Peeter_Aleksander_Speek, lk 10
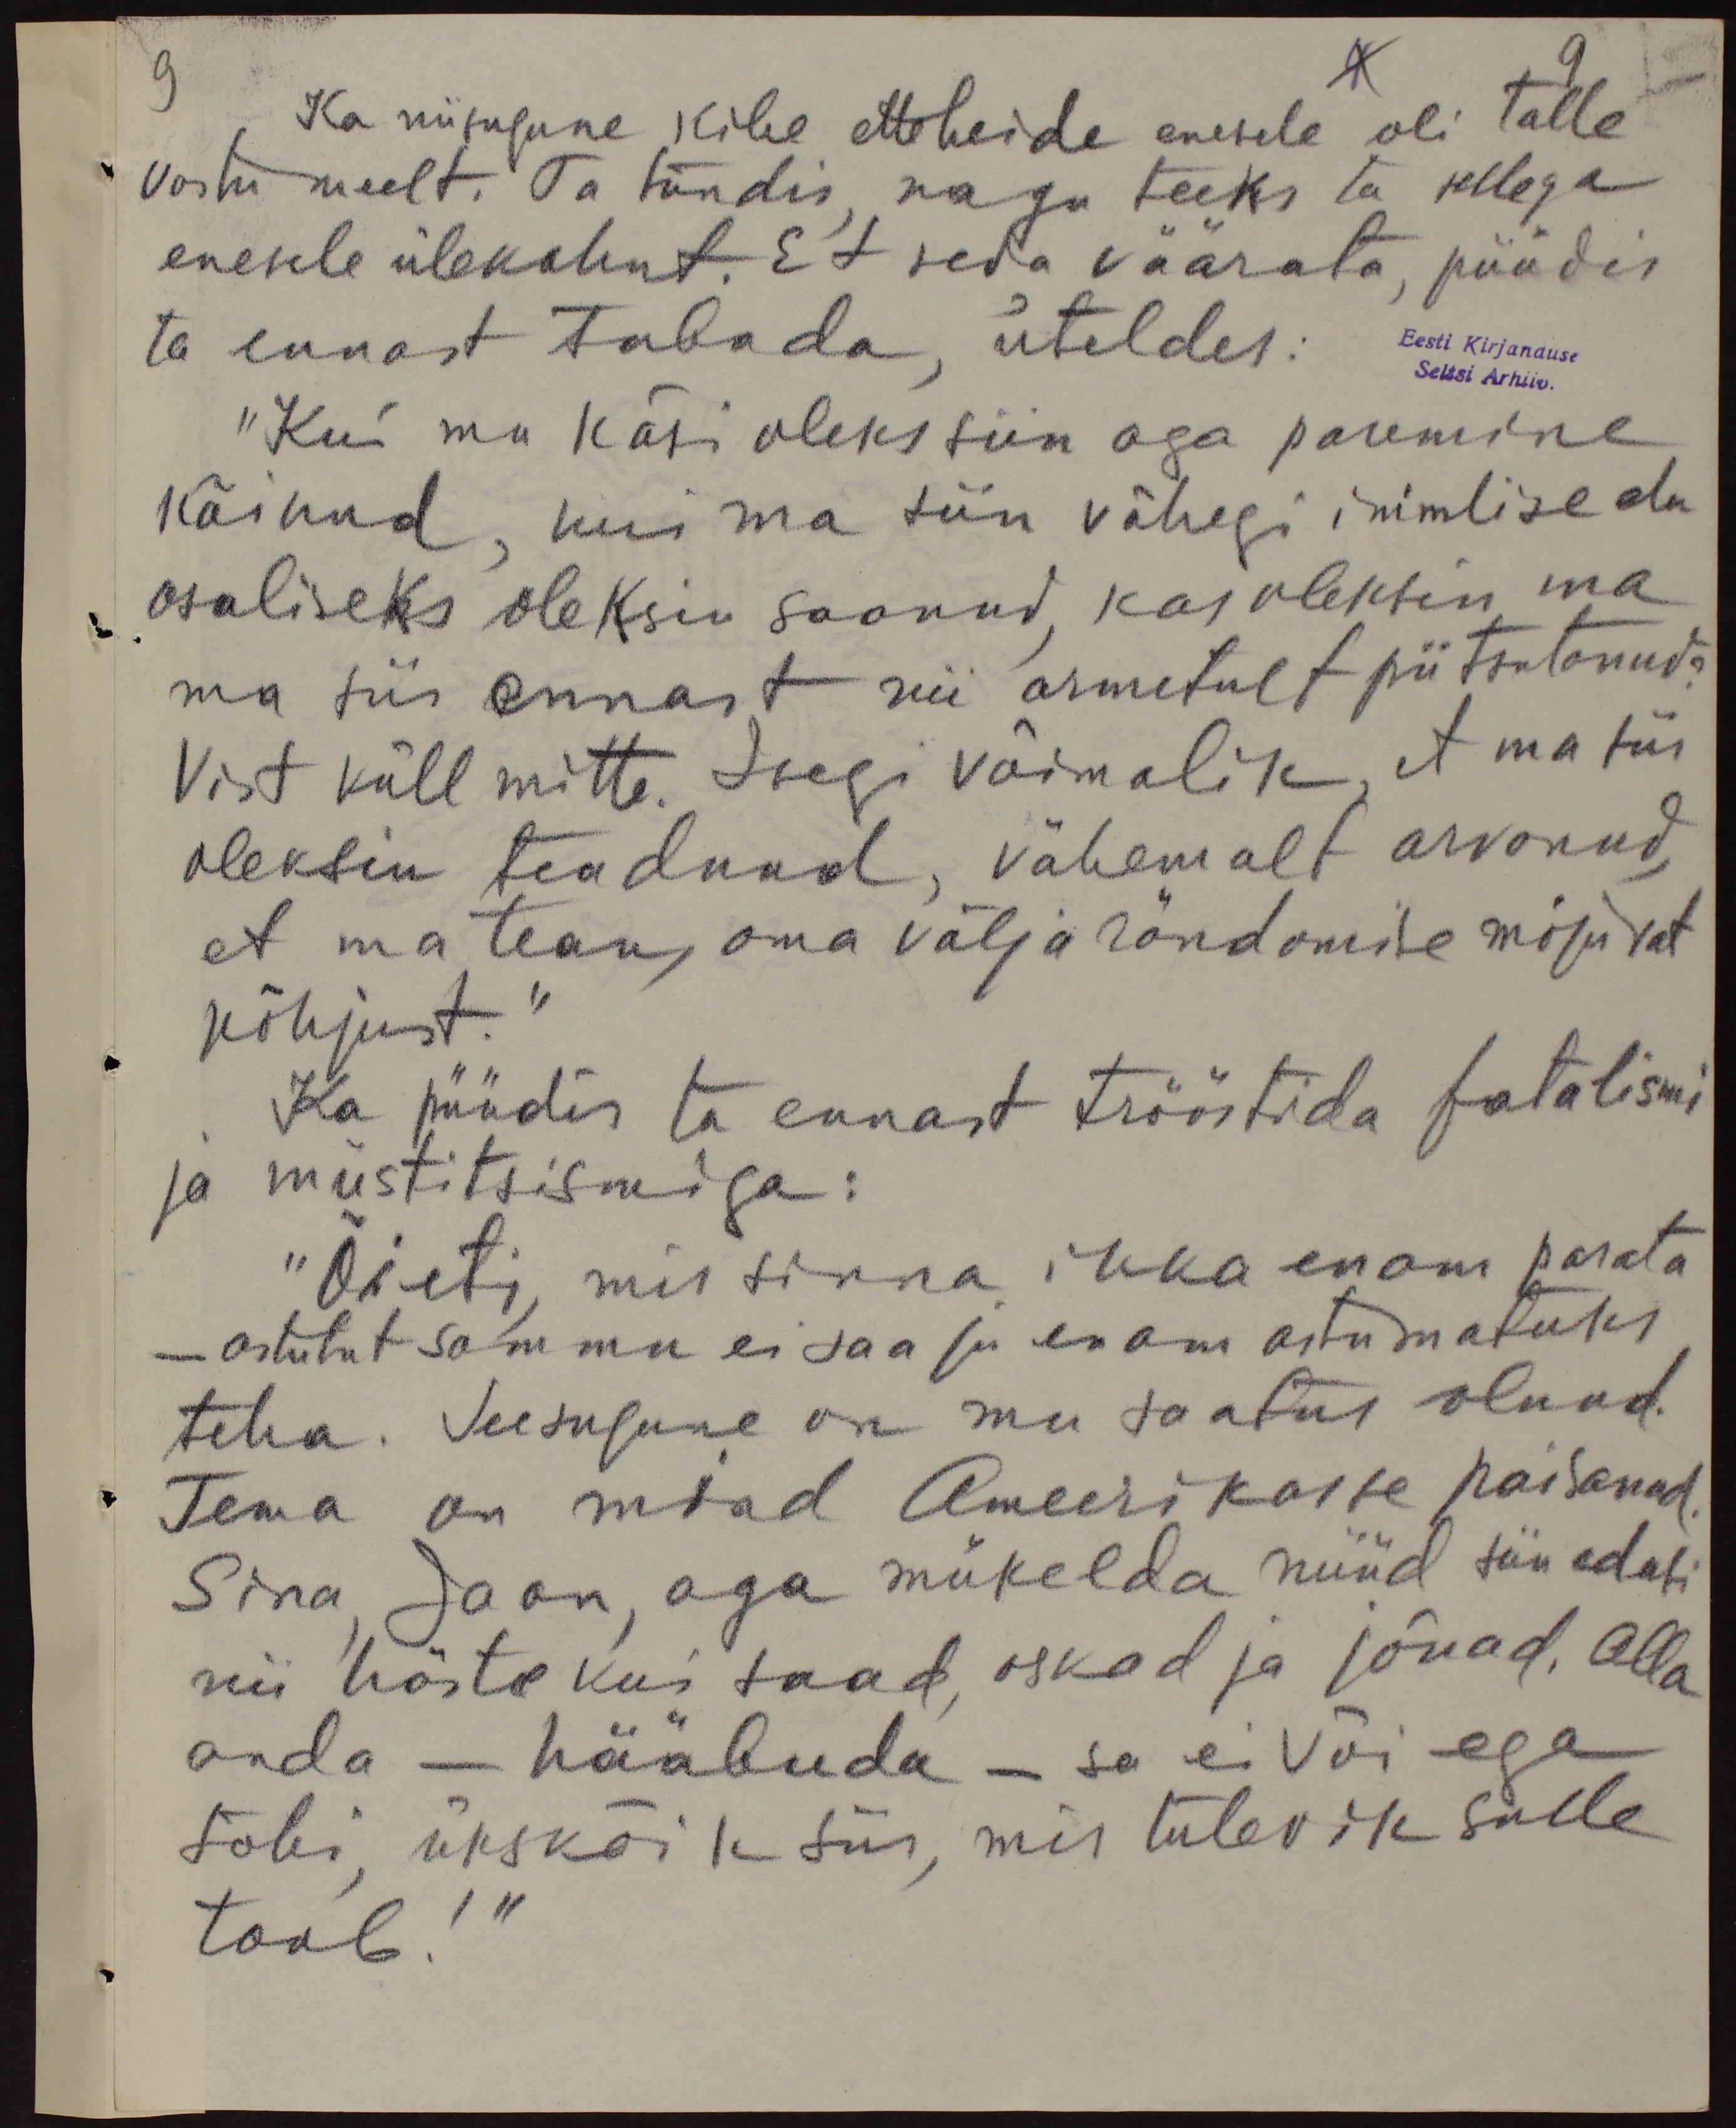
9

Ka niisugune kihe etteheide enesele oli talle
vastu meelt. Ta tundis, nagu teeks ta sellega
enesele ülekohut. Et seda väärata, püüdis
ta ennast tabada, üteldes: Eesti kirjanduse
Seltsi Arhiiv.
"Kui mu käsi oleks siin aga paremine
käinud, kui ma siin vähegi inimlise elu
osaliseks oleksin saanud, kas oleksin ma
ma siis ennast nii armetult piitsutanud?
Vist küll mitte. Isegi võimalik, et ma siis
oleksin teadnud, vähemalt arvanud,
et ma tean, oma välja rändamise mõjuvat
põhjust."
Ka püüdis ta ennast trööstida fatalismi
ja müstitsismiga:
"Õieti, mis sinna ikka enam parata
- astutut sammu ei saa ju enam astumatuks
teha. Seesugune on mu saatus olnud.
Tema on mind Ameerikasse paisanud.
Sina Jaan, aga mükelda nüüd siin edasi
nii hästi kui saad, oskad ja jõuad, alla
anda - hääbuda - sa ei või ega
tohi, ükskõik siis, mis tulevik sulle
toob!“